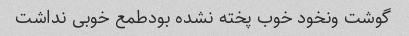
گوشت ونخود خوب پخته نشده بودطمع خوبی نداشت